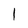
Character: 1